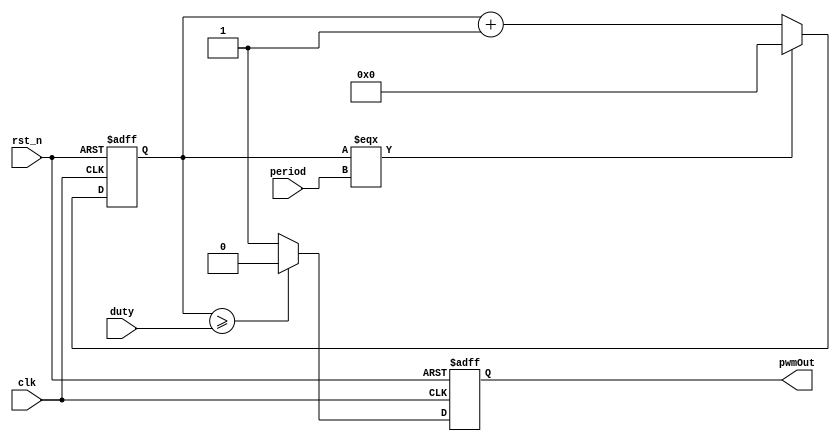
module PWM(
    clk,
    rst_n,
    pwmOut,
    period,
    duty
    );

input clk,rst_n;
output reg pwmOut;
input wire [15:0] period, duty;

reg [15:0] cnt;

always@(posedge clk or negedge rst_n) begin
if(!rst_n) begin
  cnt <= 16'd0;
  pwmOut <= 1'b0;
end
else begin

  if(cnt >= duty) begin
    pwmOut <= 1'b0;
  end
  else begin
    pwmOut <= 1'b1;
  end

  cnt <= cnt + 1;

  if(cnt === period) begin
    cnt <= 0;
  end

end
end
endmodule